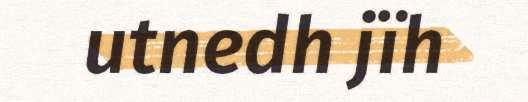
utnedh jïh